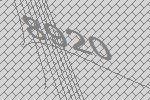
8920